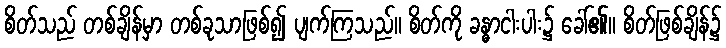
စိတ်သည် တစ်ချိန်မှာ တစ်ခုသာဖြစ်၍ ပျက်ကြသည်။ စိတ်ကို ခန္ဓာငါးပါး၌ ခေါ်၏။ စိတ်ဖြစ်ချိန်၌